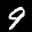
Label: 9